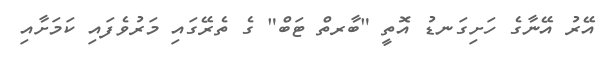
އޭރު އޭނާގެ ހަށިގަނޑު އޮތީ "ބާރތް ޓަބް" ގެ ތެރޭގައި މަރުވެފައި ކަމަށާއި